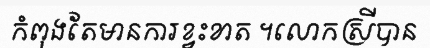
កំពុងតែមានការខ្វះខាត ។លោកស្រីបាន